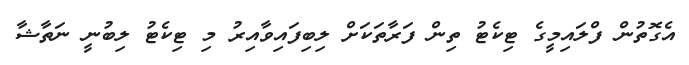
އެގޮތުން ފްލައިމީގެ ޓިކެޓު ތިން ފަރާތަކަށް ލިބިފައިވާއިރު މި ޓިކެޓު ލިބުނީ ނަތާޝާ